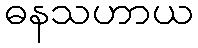
ဓနသဟာယ